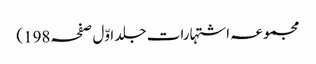
مجموعہ اشتہارات جلد اوّل صفحہ198)